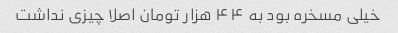
خیلی مسخره بود به ۴۴ هزار تومان اصلا چیزی نداشت